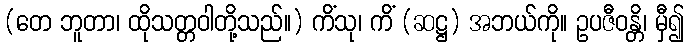
(တေ ဘူတာ၊ ထိုသတ္တဝါတို့သည်။) ကိံသု၊ ကိံ (ဆဋ္ဌ) အဘယ်ကို။ ဥပဇီဝန္တိ၊ မှီ၍